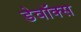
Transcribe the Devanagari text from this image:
डेवॉक्स